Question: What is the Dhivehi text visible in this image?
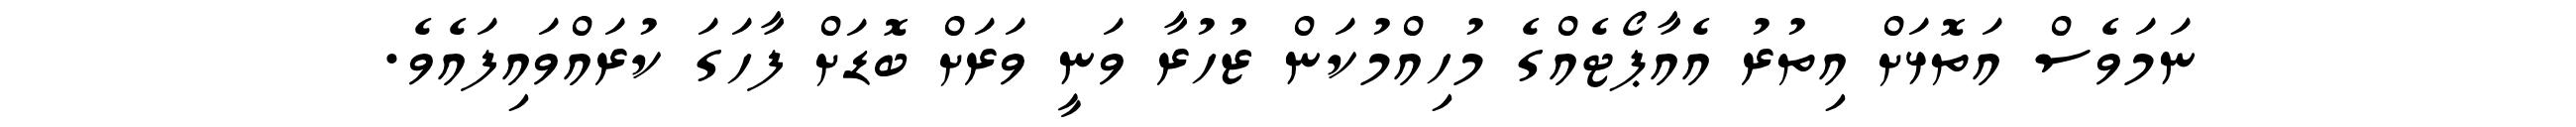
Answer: ނަމަވެސް އަތޮޅަށް އިތުރު އެއާޕޯޓެއްގެ މުހިއްމުކަން ޒުހުރާ ވަނީ ވަރަށް ބޮޑަށް ފާހަގަ ކުރައްވައިފައެވެ.